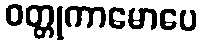
ဝတ္တုကာမောပေ